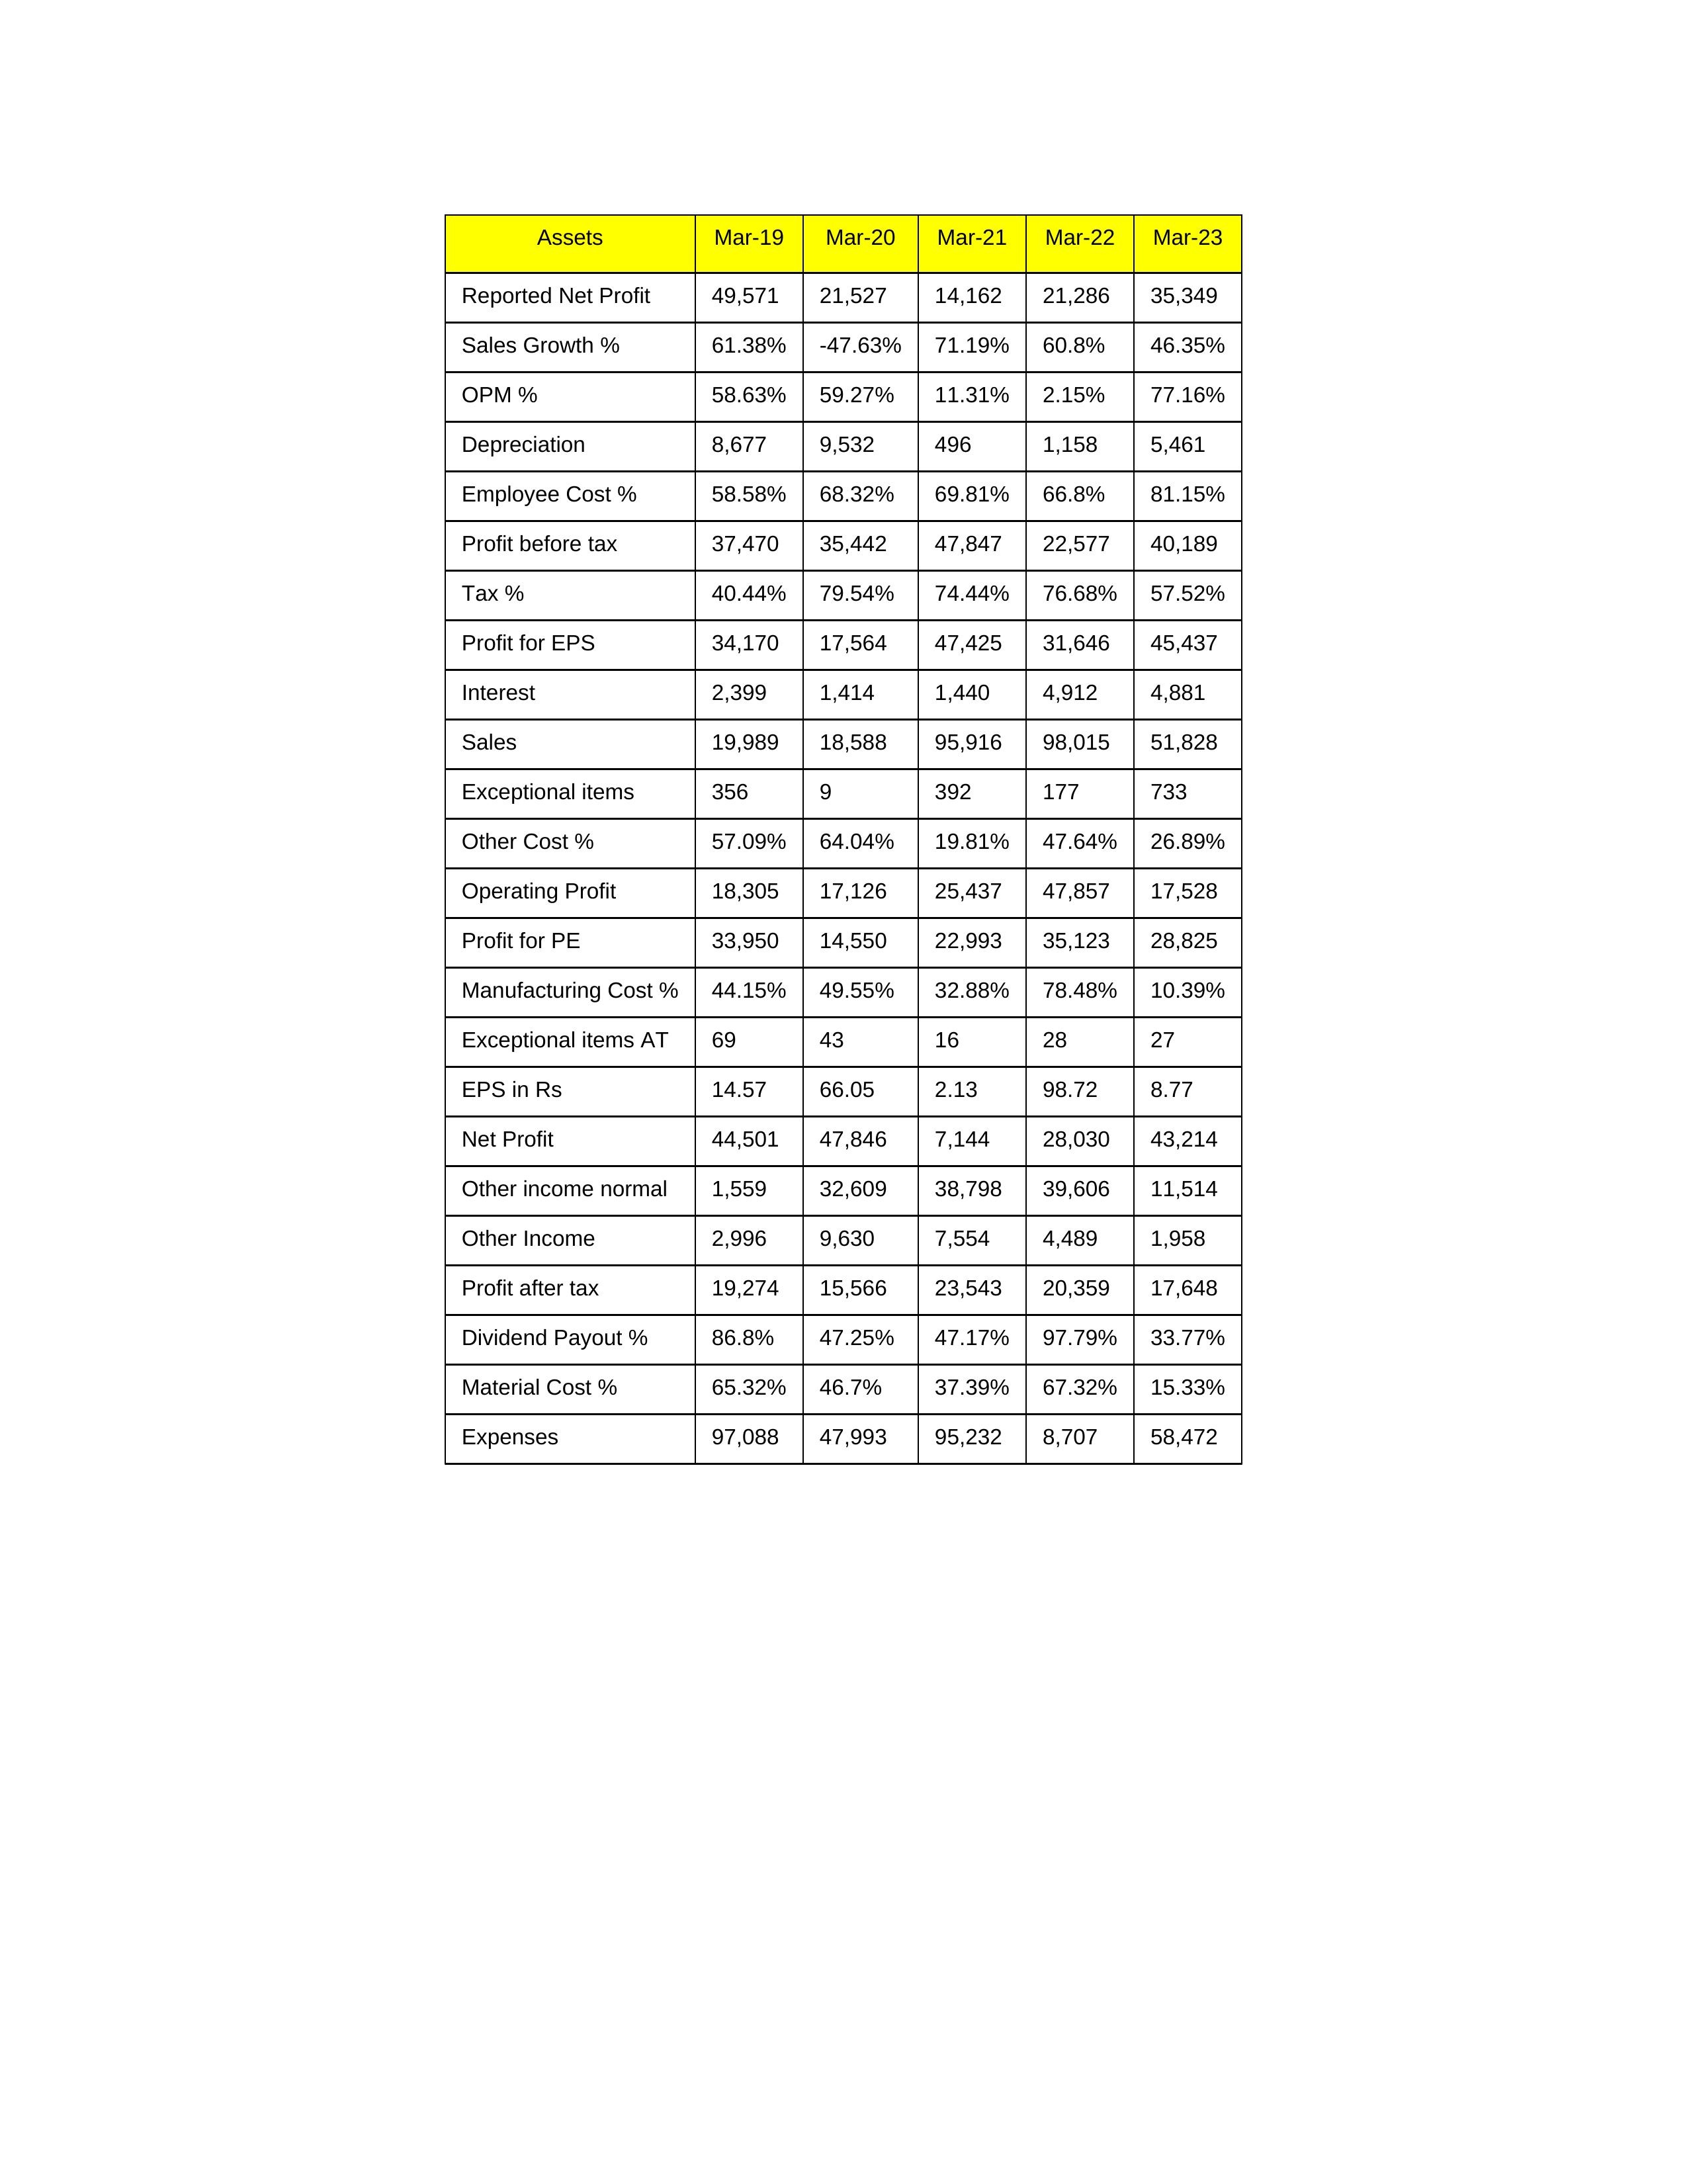
gt_parse: Mar-19: Sales: 19,989
Sales Growth %: 61.38%
Expenses: 97,088
Material Cost %: 65.32%
Manufacturing Cost %: 44.15%
Employee Cost %: 58.58%
Other Cost %: 57.09%
Operating Profit: 18,305
OPM %: 58.63%
Other Income: 2,996
Exceptional items: 356
Other income normal: 1,559
Interest: 2,399
Depreciation: 8,677
Profit before tax: 37,470
Tax %: 40.44%
Net Profit: 44,501
Profit after tax: 19,274
Reported Net Profit: 49,571
Profit for EPS: 34,170
Exceptional items AT: 69
Profit for PE: 33,950
EPS in Rs: 14.57
Dividend Payout %: 86.8%
Mar-20: Sales: 18,588
Sales Growth %: -47.63%
Expenses: 47,993
Material Cost %: 46.7%
Manufacturing Cost %: 49.55%
Employee Cost %: 68.32%
Other Cost %: 64.04%
Operating Profit: 17,126
OPM %: 59.27%
Other Income: 9,630
Exceptional items: 9
Other income normal: 32,609
Interest: 1,414
Depreciation: 9,532
Profit before tax: 35,442
Tax %: 79.54%
Net Profit: 47,846
Profit after tax: 15,566
Reported Net Profit: 21,527
Profit for EPS: 17,564
Exceptional items AT: 43
Profit for PE: 14,550
EPS in Rs: 66.05
Dividend Payout %: 47.25%
Mar-21: Sales: 95,916
Sales Growth %: 71.19%
Expenses: 95,232
Material Cost %: 37.39%
Manufacturing Cost %: 32.88%
Employee Cost %: 69.81%
Other Cost %: 19.81%
Operating Profit: 25,437
OPM %: 11.31%
Other Income: 7,554
Exceptional items: 392
Other income normal: 38,798
Interest: 1,440
Depreciation: 496
Profit before tax: 47,847
Tax %: 74.44%
Net Profit: 7,144
Profit after tax: 23,543
Reported Net Profit: 14,162
Profit for EPS: 47,425
Exceptional items AT: 16
Profit for PE: 22,993
EPS in Rs: 2.13
Dividend Payout %: 47.17%
Mar-22: Sales: 98,015
Sales Growth %: 60.8%
Expenses: 8,707
Material Cost %: 67.32%
Manufacturing Cost %: 78.48%
Employee Cost %: 66.8%
Other Cost %: 47.64%
Operating Profit: 47,857
OPM %: 2.15%
Other Income: 4,489
Exceptional items: 177
Other income normal: 39,606
Interest: 4,912
Depreciation: 1,158
Profit before tax: 22,577
Tax %: 76.68%
Net Profit: 28,030
Profit after tax: 20,359
Reported Net Profit: 21,286
Profit for EPS: 31,646
Exceptional items AT: 28
Profit for PE: 35,123
EPS in Rs: 98.72
Dividend Payout %: 97.79%
Mar-23: Sales: 51,828
Sales Growth %: 46.35%
Expenses: 58,472
Material Cost %: 15.33%
Manufacturing Cost %: 10.39%
Employee Cost %: 81.15%
Other Cost %: 26.89%
Operating Profit: 17,528
OPM %: 77.16%
Other Income: 1,958
Exceptional items: 733
Other income normal: 11,514
Interest: 4,881
Depreciation: 5,461
Profit before tax: 40,189
Tax %: 57.52%
Net Profit: 43,214
Profit after tax: 17,648
Reported Net Profit: 35,349
Profit for EPS: 45,437
Exceptional items AT: 27
Profit for PE: 28,825
EPS in Rs: 8.77
Dividend Payout %: 33.77%